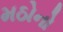
મઠોનો